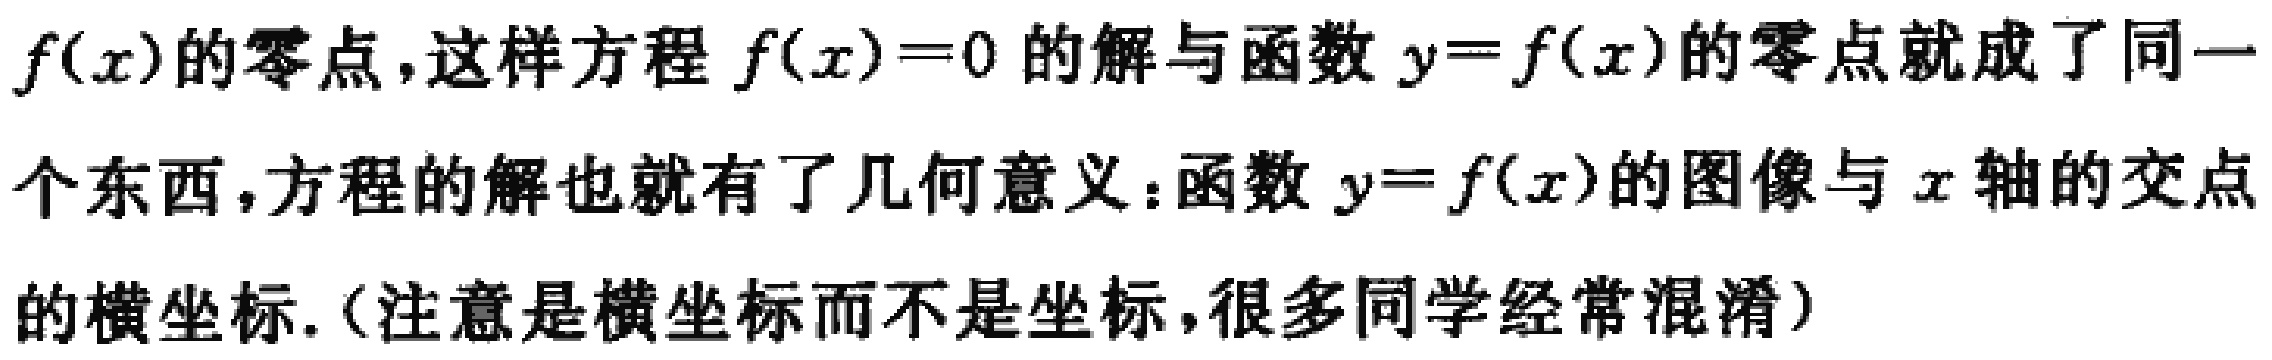
\(f(x)\)的零点,这样方程\(f(x)=0\)的解与函数\(y = f(x)\)的零点就成了同一个东西,方程的解也就有了几何意义:函数\(y = f(x)\)的图像与\(x\)轴的交点的横坐标.(注意是横坐标而不是坐标,很多同学经常混淆)